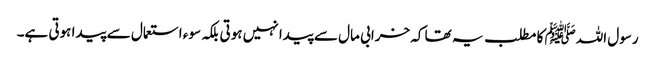
رسول اللہﷺ کا مطلب یہ تھا کہ خرابی مال سے پیدا نہیں ہوتی بلکہ سوء استعمال سے پیدا ہوتی ہے۔